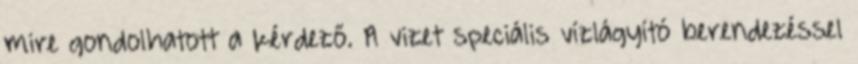
mire gondolhatott a kérdező. A vizet speciális vízlágyító berendezéssel